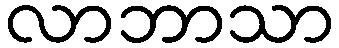
လာဘာသာ